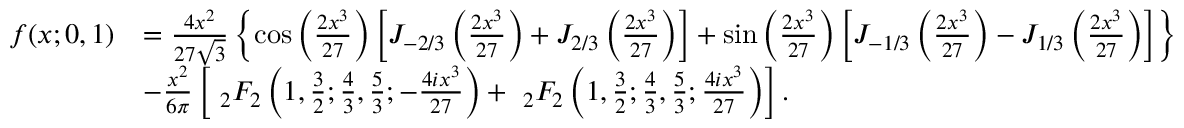
{ \begin{array} { r l } { f ( x ; 0 , 1 ) } & { = { \frac { 4 x ^ { 2 } } { 2 7 { \sqrt { 3 } } } } \left\{ \cos \left( { \frac { 2 x ^ { 3 } } { 2 7 } } \right) \left[ J _ { - 2 / 3 } \left( { \frac { 2 x ^ { 3 } } { 2 7 } } \right) + J _ { 2 / 3 } \left( { \frac { 2 x ^ { 3 } } { 2 7 } } \right) \right] + \sin \left( { \frac { 2 x ^ { 3 } } { 2 7 } } \right) \left[ J _ { - 1 / 3 } \left( { \frac { 2 x ^ { 3 } } { 2 7 } } \right) - J _ { 1 / 3 } \left( { \frac { 2 x ^ { 3 } } { 2 7 } } \right) \right] \right\} } \\ & { - { \frac { x ^ { 2 } } { 6 \pi } } \left[ ~ _ { 2 } F _ { 2 } \left( 1 , { \frac { 3 } { 2 } } ; { \frac { 4 } { 3 } } , { \frac { 5 } { 3 } } ; - { \frac { 4 i x ^ { 3 } } { 2 7 } } \right) + ~ _ { 2 } F _ { 2 } \left( 1 , { \frac { 3 } { 2 } } ; { \frac { 4 } { 3 } } , { \frac { 5 } { 3 } } ; { \frac { 4 i x ^ { 3 } } { 2 7 } } \right) \right] . } \end{array} }